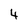
Character: 4